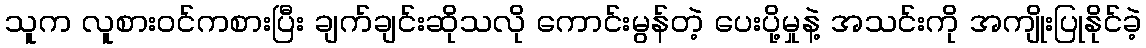
သူက လူစားဝင်ကစားပြီး ချက်ချင်းဆိုသလို ကောင်းမွန်တဲ့ ပေးပို့မှုနဲ့ အသင်းကို အကျိုးပြုနိုင်ခဲ့